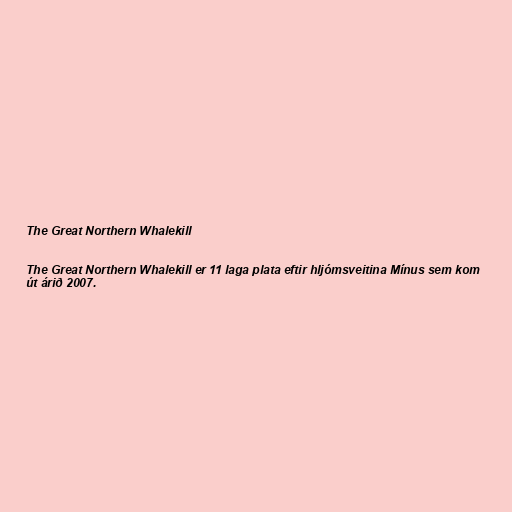
The Great Northern Whalekill

The Great Northern Whalekill er 11 laga plata eftir hljómsveitina Mínus sem kom
út árið 2007.